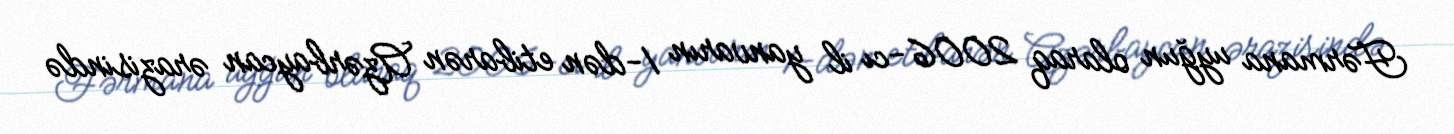
Fərmana uyğun olaraq 2006-cı il yanvarın 1-dən etibarən Azərbaycan ərazisində